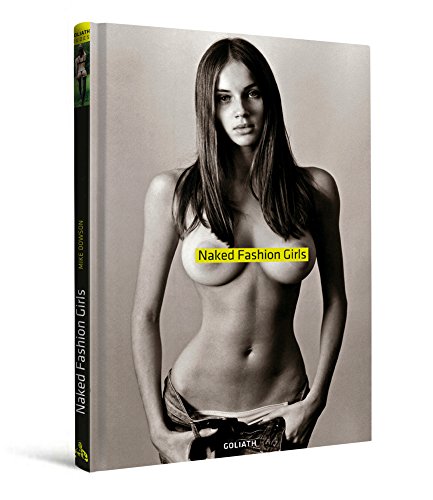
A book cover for Naked Fashion Girls: truly beautiful & sexy (English, German, French, Italian and Spanish Edition); Arts & Photography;